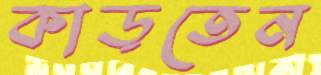
কাড়তেন